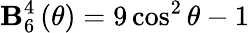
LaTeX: \mathbf{B}_{6}^{4}\left(\theta\right)=9\cos^{2}\theta-1